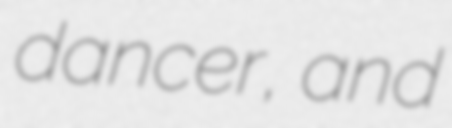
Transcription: dancer, and